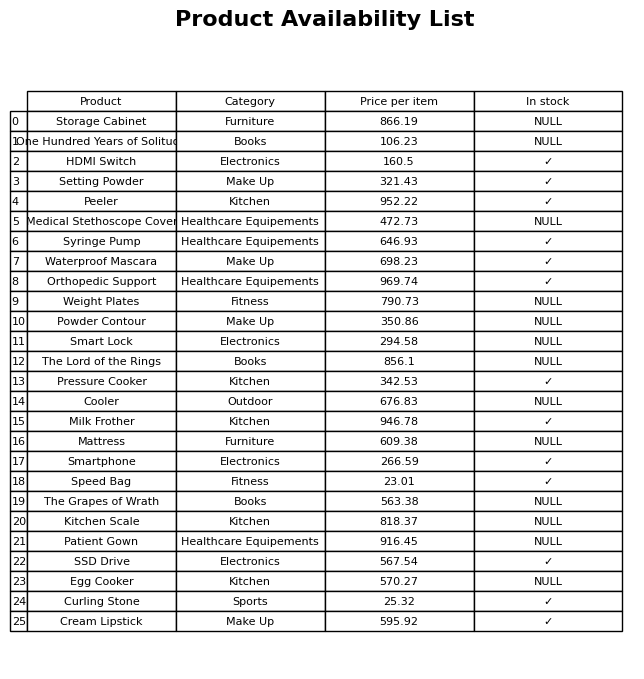
question: What is the price for Pressure Cooker?
answer: The price of Pressure Cooker is 342.53.